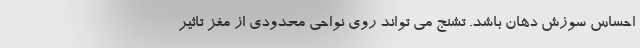
احساس سوزش دهان باشد. تشنج می تواند روی نواحی محدودی از مغز تاثیر